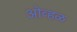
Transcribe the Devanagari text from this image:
ओव्हळ